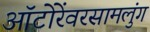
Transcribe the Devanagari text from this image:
ऑटोरेंवरसामलुंग